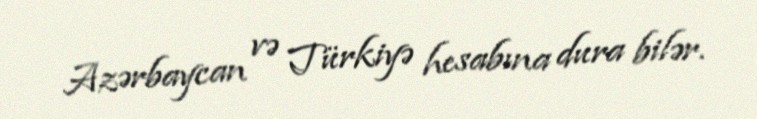
Azərbaycan və Türkiyə hesabına dura bilər.